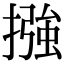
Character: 摾